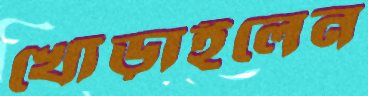
খোঁড়াইলেন